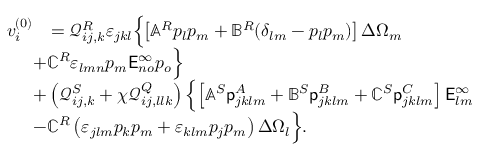
\begin{array} { r l } { v _ { i } ^ { ( 0 ) } } & { = \mathcal { Q } _ { i j , k } ^ { R } \varepsilon _ { j k l } \Bigl \{ \left[ \mathbb { A } ^ { R } p _ { l } p _ { m } + \mathbb { B } ^ { R } ( \delta _ { l m } - p _ { l } p _ { m } ) \right] \Delta \Omega _ { m } } \\ & { \! \! \! \! \! \! + \mathbb { C } ^ { R } \varepsilon _ { l m n } p _ { m } \mathsf { E } _ { n o } ^ { \infty } p _ { o } \Bigr \} } \\ & { \! \! \! \! \! \! + \left( \mathcal { Q } _ { i j , k } ^ { S } + \chi \mathcal { Q } _ { i j , l l k } ^ { Q } \right) \Bigl \{ \left[ \mathbb { A } ^ { S } { \mathsf { p } _ { j k l m } ^ { A } } + \mathbb { B } ^ { S } { \mathsf { p } _ { j k l m } ^ { B } } + \mathbb { C } ^ { S } { \mathsf { p } _ { j k l m } ^ { C } } \right] \mathsf { E } _ { l m } ^ { \infty } } \\ & { \! \! \! \! \! \! - \mathbb { C } ^ { R } \left( \varepsilon _ { j l m } p _ { k } p _ { m } + \varepsilon _ { k l m } p _ { j } p _ { m } \right) \Delta \Omega _ { l } \Bigr \} . } \end{array}